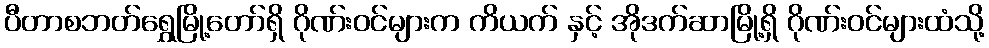
ပီတာစဘတ်ရွှေမြို့တော်ရှိ ဂိုဏ်းဝင်များက ကိယက် နှင့် အိုဒက်ဆာမြို့ရှိ ဂိုဏ်းဝင်များထံသို့